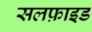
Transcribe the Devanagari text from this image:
सलफ़ाइड